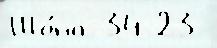
Шо́на 34 23